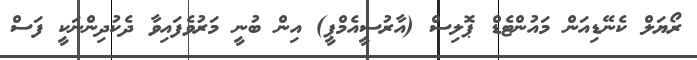
ރޯޔަލް ކެނޭޑިއަން މައުންޓެޑް ޕޮލިސް (އާރުސީއެމްޕީ) އިން ބުނީ މަރުވެފައިވާ ދެކުދިންނަކީ ފަސް